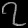
Digit: ၇